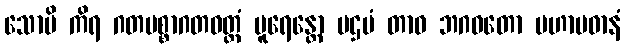
သောပိ ကိရ ဂတပစ္စာဂတဝတ္တံ ပူရေန္တော ပဌမံ တာဝ ဘဂဝတော မဟာပဓာနံ